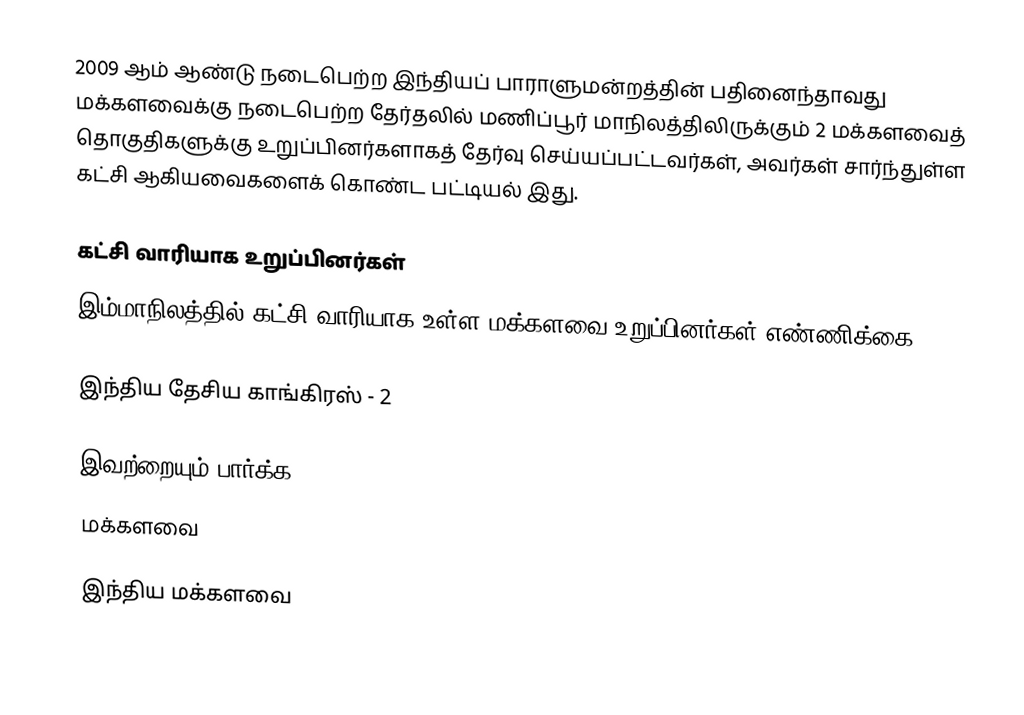
2009 ஆம் ஆண்டு நடைபெற்ற இந்தியப் பாராளுமன்றத்தின் பதினைந்தாவது மக்களவைக்கு நடைபெற்ற தேர்தலில் மணிப்பூர் மாநிலத்திலிருக்கும் 2 மக்களவைத் தொகுதிகளுக்கு உறுப்பினர்களாகத் தேர்வு செய்யப்பட்டவர்கள், அவர்கள் சார்ந்துள்ள கட்சி ஆகியவைகளைக் கொண்ட பட்டியல் இது.

கட்சி வாரியாக உறுப்பினர்கள்
இம்மாநிலத்தில் கட்சி வாரியாக உள்ள மக்களவை உறுப்பினர்கள் எண்ணிக்கை:

இந்திய தேசிய காங்கிரஸ் - 2

இவற்றையும் பார்க்க
 மக்களவை

இந்திய மக்களவை